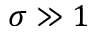
\sigma \gg 1